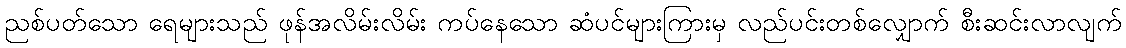
ညစ်ပတ်သော ရေများသည် ဖုန်အလိမ်းလိမ်း ကပ်နေသော ဆံပင်များကြားမှ လည်ပင်းတစ်လျှောက် စီးဆင်းလာလျက်